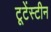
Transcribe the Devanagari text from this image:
टूटेंस्टीन